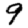
Digit: 9